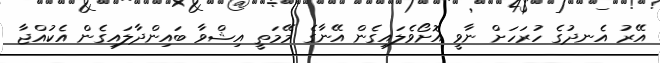
އޭރު އެނދުގެ ހުރަހަށް ނާވީ އޮށޯވެލައިގެން އޭނާގެ މޭމަތީ އިޝްވާ ބައިންދާލައިގެން އެކުއްޖާ